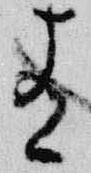
有